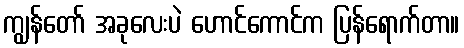
ကျွန်တော် အခုလေးပဲ ဟောင်ကောင်က ပြန်ရောက်တာ။